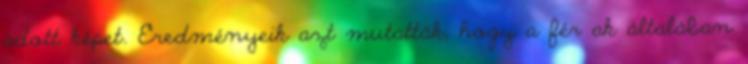
adott képet. Eredményeik azt mutatták, hogy a férﬁak általában